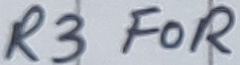
Text: R3 FOR